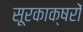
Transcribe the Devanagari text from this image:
सूरकाक्षरों